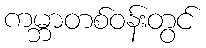
ကမ္ဘာတစ်ဝန်းတွင်